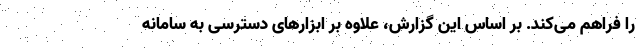
را فراهم می‌کند. بر اساس این گزارش، علاوه بر ابزارهای دسترسی به سامانه